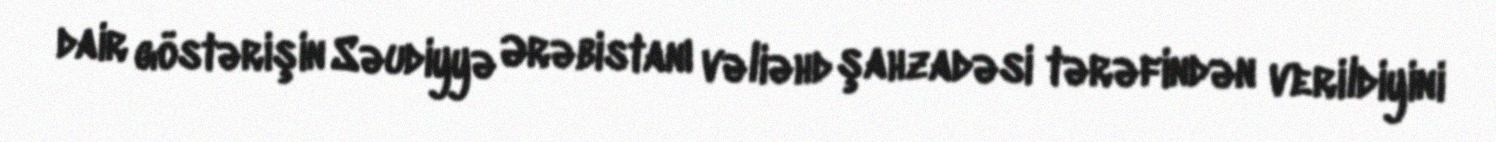
dair göstərişin Səudiyyə Ərəbistanı vəliəhd şahzadəsi tərəfindən verildiyini